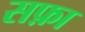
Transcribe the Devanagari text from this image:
सफ़ा